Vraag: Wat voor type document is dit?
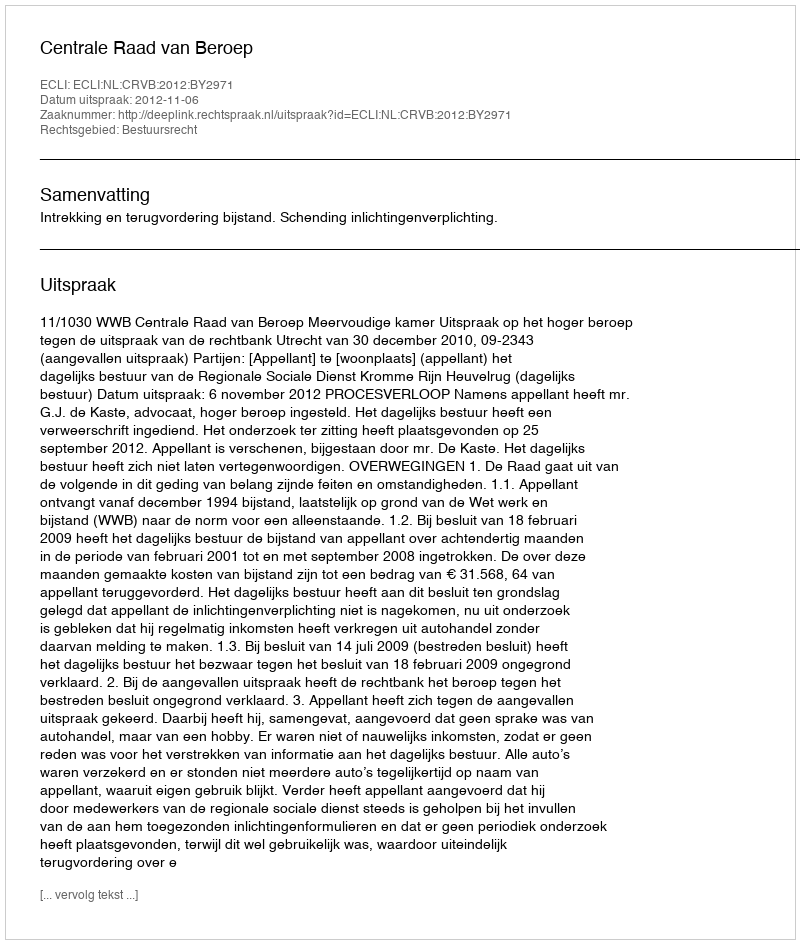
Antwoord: Uitspraak